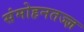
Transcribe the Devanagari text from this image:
संमोहनतज्‍ज्ञ